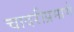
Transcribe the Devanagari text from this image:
चादरीप्रमाणे